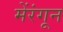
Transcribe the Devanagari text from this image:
मेंरंगून